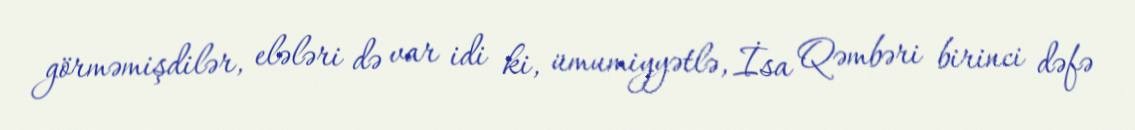
görməmişdilər, elələri də var idi ki, ümumiyyətlə, İsa Qəmbəri birinci dəfə